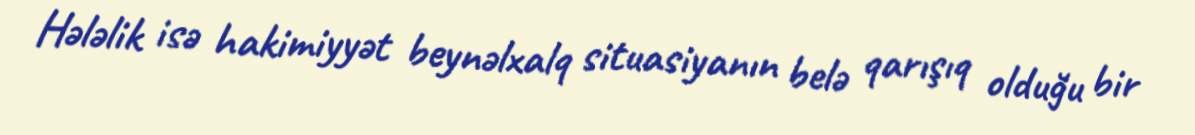
Hələlik isə hakimiyyət beynəlxalq situasiyanın belə qarışıq olduğu bir